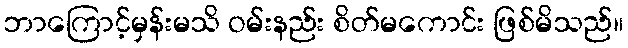
ဘာကြောင့်မှန်းမသိ ဝမ်းနည်း စိတ်မကောင်း ဖြစ်မိသည်။